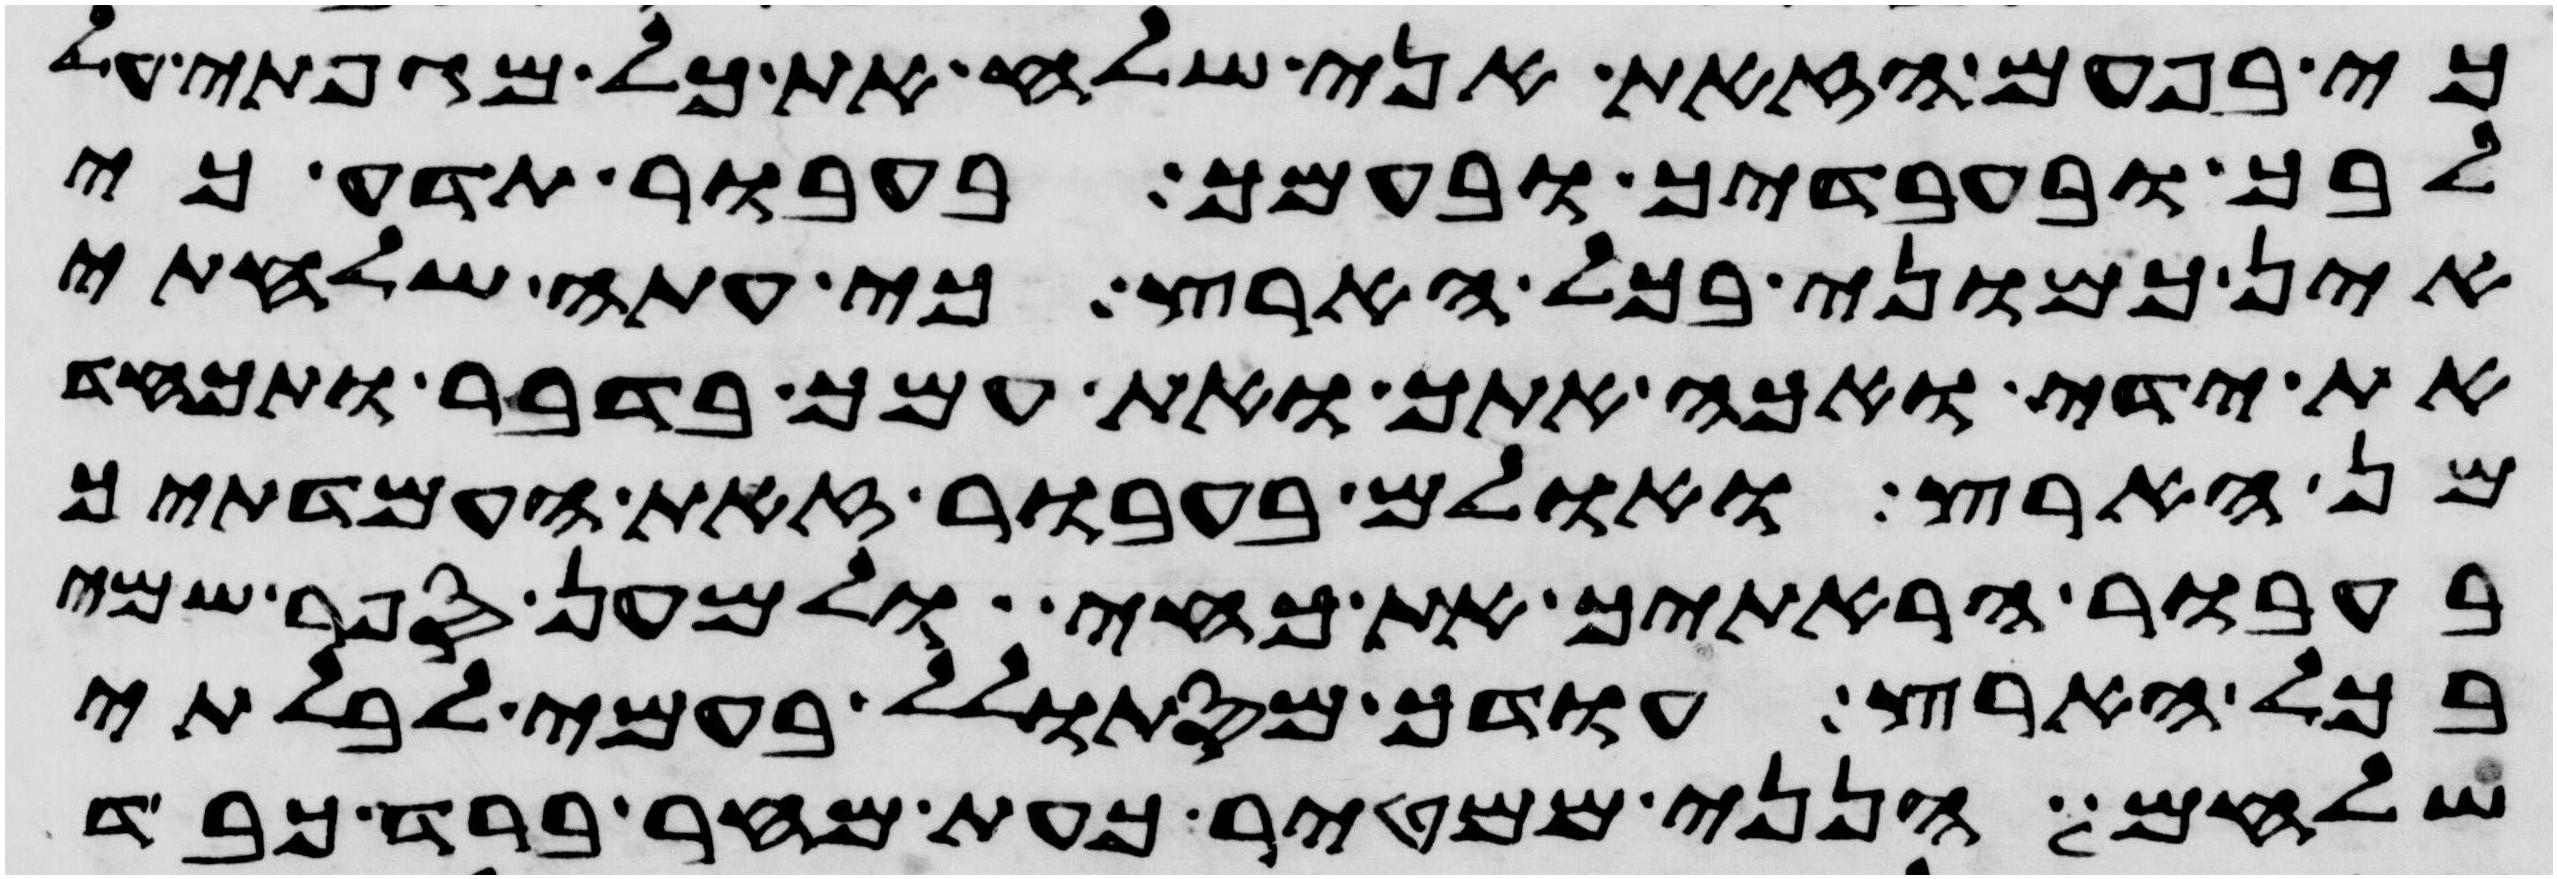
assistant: כי בפעם הזאת אני שלח את כל מגפתי על
לבך ובעבדיך ובעמך בעבור תדע כי
אין כמוני בכל הארץ כי עתה שלחתי
את ידי ואכה אתך ואת עמך בדבר ותכחד
מן הארץ ואולם בעבור זאת העמדתיך
בעבור הראתיך את כחי ולמען ספר שמי
בכל הארץ עודך מסתולל בעמי לבלתי
שלחם הנני ממטיר כעת מחר ברד כבד